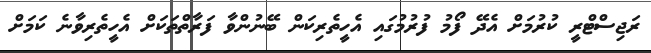
ރަޖިސްޓްރީ ކުރުމަށް އެދޭ ފޯމު ފުރުމުގައި އެހީތެރިކަން ބޭނުންވާ ފަރާތްތަކަށް އެހީތެރިވާނެ ކަަމަށް